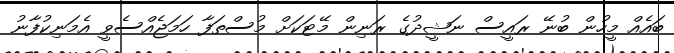
ބައެއް މީހުން ބުނޭ ރައީސް ނަޝީދުގެ ރަނިން މޭޓަކަށް މުސްތަފާ ހަމަޖެއްސެވީ އެމަނިކުފާނު